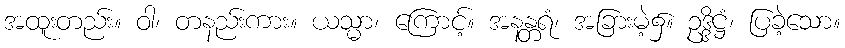
အထူးတည်း။ ဝါ၊ တနည်းကား။ ယသ္မာ၊ ကြောင့်။ အနန္တရံ၊ အခြားမဲ့၌။ ဥဒ္ဒိဋ္ဌံ၊ ပြခဲ့သော။